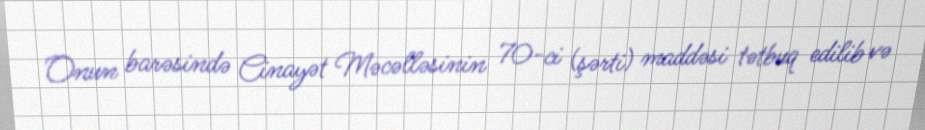
Onun barəsində Cinayət Məcəlləsinin 70-ci (şərti) maddəsi tətbuq edilib və